Annual report of the Bengal Veterinary College and of the Civil Veterinary Department, Bengal, for the year 1907-1908 - 1907-1908
Year: 1907
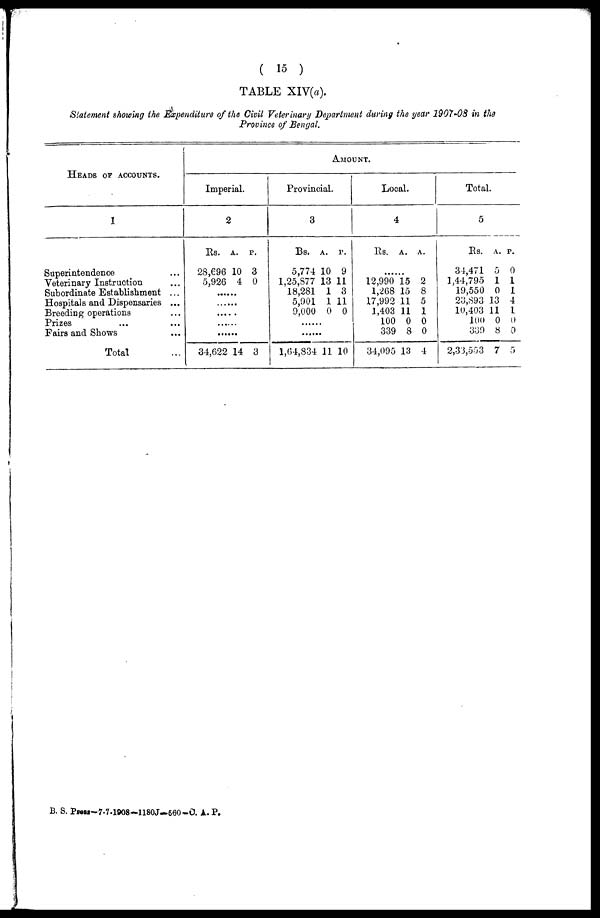
( 15 )
TABLE XIV(a).
Statement showing the Expenditure of the Civil Veterinary Department during the year 1907-08 in the
Province of Bengal.
HEADS OF ACCOUNTS.
1
Superintendence ...
Veterinary Instruction ...
Subordinate Establishment ...
Hospitals and Dispensaries ...
Breeding operations ...
Prizes ... ...
Fairs and Shows ...
Total ...
Imperial.
2
Rs. A. P.
28,696 10 3
5,926 4 0
......
......
......
......
......
34,622 14 3
AMOUNT.
Provincial.
3
Rs. A. P.
5,774 10 9
1,25,877 13 11
18,281 1 3
5,901 1 11
9,000 0 0
......
......
1,64,834 11 10
Local.
4
Rs. A. A.
......
12,990 15 2
1,268 15 8
17,992 11 5
1,403 11 1
100 0 0
339 8 0
34,095 13 4
Total.
5
Rs. A. P.
34,471 5 0
1,44,795 1 1
19,550 0 1
23,893 13 4
10,403 11 1
100 0 0
339 8 0
2,33,553 7 5
B. S. Press-7-7-1808—1180J—560-C. A. P.